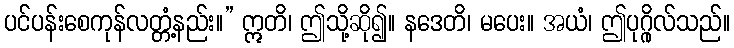
ပင်ပန်းစေကုန်လတ္တံ့နည်း။” ဣတိ၊ ဤသို့ဆို၍။ နဒေတိ၊ မပေး။ အယံ၊ ဤပုဂ္ဂိုလ်သည်။